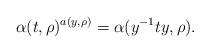
LaTeX: \begin{align*}\alpha(t,\rho)^{a(y,\rho)}=\alpha(y^{-1}ty,\rho).\end{align*}